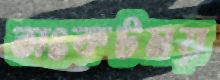
সংকটময়